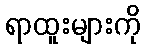
ရာထူးများကို